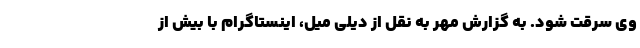
وی سرقت شود. به گزارش مهر به نقل از دیلی میل، اینستاگرام با بیش از